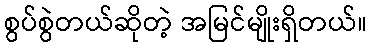
စွပ်စွဲတယ်ဆိုတဲ့ အမြင်မျိုးရှိတယ်။